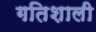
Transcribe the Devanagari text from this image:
गतिशाली